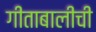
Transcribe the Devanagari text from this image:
गीताबालीची